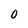
Character: 0